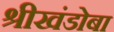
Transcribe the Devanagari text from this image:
श्रीखंडोबा